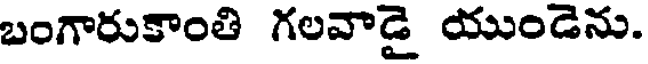
బంగారుకాంతి గలవాడై యుండెను.